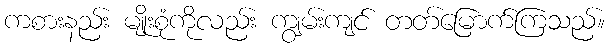
ကစားနည်း မျိုးစုံကိုလည်း ကျွမ်းကျင် တတ်မြောက်ကြသည်။